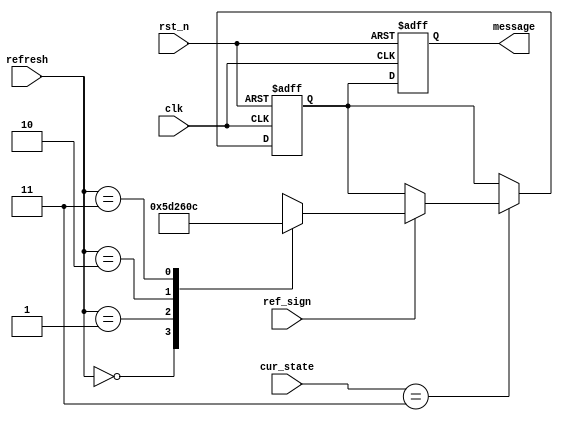
`timescale 1ns / 1ps
//////////////////////////////////////////////////////////////////////////////////
// Company: 
// Engineer: 
// 
// Design Name: 
// Module Name:    Error 
// Project Name: 
// Target Devices: 
// Tool versions: 
// Description: 
//
// Dependencies: 
//
// Revision: 
// Revision 0.01 - File Created
// Additional Comments: 
//
//////////////////////////////////////////////////////////////////////////////////
module Error(
input			clk,
input			rst_n,
input	[3:0]	cur_state,
input			ref_sign,
input	[1:0]	refresh,
output	reg [5:0]	message	//
    );
	 
parameter WELCOME = 4'b0000, GAME = 4'b0001, SCORE = 4'b0010, ERROR = 4'b0011, COIN = 4'b0100;

reg	[5:0]	mes = 6'h0;

always@(posedge clk or negedge rst_n)
	begin
		if(~rst_n)
			mes <= 6'h0;
		else if(cur_state == ERROR)
			if(ref_sign)
				begin
					case(refresh)
						3'h0:	mes <= 6'd23;	//N
						3'h1:	mes <= 6'd18;	//I
						3'h2:	mes <= 6'd24;	//O
						3'h3:	mes <= 6'd12;	//C
					endcase
				end
			else
				mes <= mes;
		else
			mes <= mes;
	end
	
always@(posedge clk or negedge rst_n)
	begin
		if(~rst_n)
			message <= 6'h0;
		else
			message <= mes;
	end


endmodule